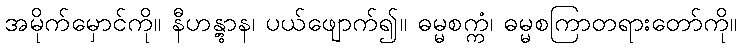
အမိုက်မှောင်ကို။ နီဟန္တွာန၊ ပယ်ဖျောက်၍။ ဓမ္မစက္ကံ၊ ဓမ္မစကြာတရားတော်ကို။